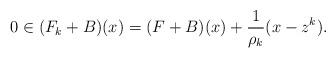
LaTeX: \begin{align*}0\in(F_k+B)(x) = (F+B)(x)+\frac{1}{\rho_k}(x-z^k).\end{align*}